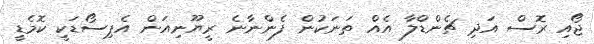
ޖޯއި ރޮސް އަދި ޗެންޑްލާ އެއް ތަނަކުން ފެންނާނެ ރީޔޫނިއަން އެޕިސޯޑަކީ ކޮމެޑީ